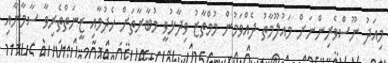
މިއަދު ނޫސްވެރިންނަށް މައުލޫމާތު ދެއްވަމުން މުމްތާޒު ވިދާޅުވީ މުބާރާތަށް ހެދުމާއި ޒީނަތްތެރިވާ ސާމާނާއި